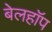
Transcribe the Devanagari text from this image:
बेलहॉप